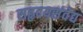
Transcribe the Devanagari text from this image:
सहृदयसंवेद्य